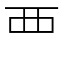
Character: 覀